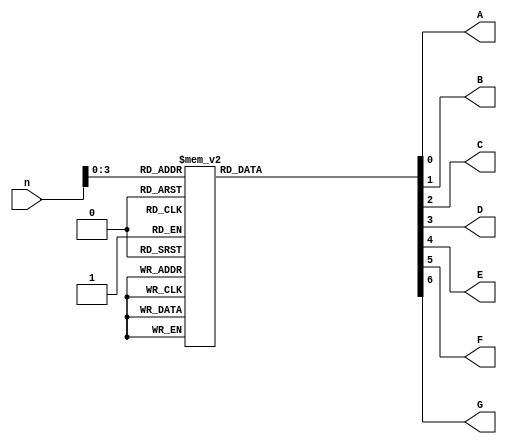
module displaydecoder(
input [7:0]n,
output reg A,
output reg B,
output reg C,
output reg D,
output reg E,
output reg F,
output reg G
);

wire [3:0] nt;

assign nt=n[3:0];
always@(nt) begin


	case (nt) 
		
		0:begin 
			A<=0;
			B<=0;
			C<=0;
			D<=0;
			E<=0;
			F<=0;
			G<=1;
		end
		1: begin 
			A<=1;
			B<=0;
			C<=0;
			D<=1;
			E<=1;
			F<=1;
			G<=1;
		end
		2:begin 
			A<=0;
			B<=0;
			C<=1;
			D<=0;
			E<=0;
			F<=1;
			G<=0;
		end
		3:begin 
			A<=0;
			B<=0;
			C<=0;
			D<=0;
			E<=1;
			F<=1;
			G<=0;
		end
		4:begin 
			A<=1;
			B<=0;
			C<=0;
			D<=1;
			E<=1;
			F<=0;
			G<=0;
		end
		5:begin 
			A<=0;
			B<=1;
			C<=0;
			D<=0;
			E<=1;
			F<=0;
			G<=0;
		end
		6:begin 
			A<=0;
			B<=1;
			C<=0;
			D<=0;
			E<=0;
			F<=0;
			G<=0;
		end
		7:begin 
			A<=0;
			B<=0;
			C<=0;
			D<=1;
			E<=1;
			F<=1;
			G<=1;
		end
		8:begin 
			A<=0;
			B<=0;
			C<=0;
			D<=0;
			E<=0;
			F<=0;
			G<=0;
		end
		9:begin 
			A<=0;
			B<=0;
			C<=0;
			D<=1;
			E<=1;
			F<=0;
			G<=0;
		end
		10:begin 
			A<=0;
			B<=0;
			C<=0;
			D<=1;
			E<=0;
			F<=0;
			G<=0;
		end
		11:begin 
			A<=1;
			B<=1;
			C<=0;
			D<=0;
			E<=0;
			F<=0;
			G<=0;
		end
		12:begin 
			A<=0;
			B<=1;
			C<=1;
			D<=0;
			E<=0;
			F<=0;
			G<=1;
		end
		13:begin 
			A<=1;
			B<=0;
			C<=0;
			D<=0;
			E<=0;
			F<=1;
			G<=0;
		end
		14:begin 
			A<=0;
			B<=1;
			C<=1;
			D<=0;
			E<=0;
			F<=0;
			G<=0;
		end
		15:begin 
			A<=0;
			B<=1;
			C<=1;
			D<=1;
			E<=0;
			F<=0;
			G<=0;
		end

		default: begin
		 
			A<=1;
			B<=1;
			C<=1;
			D<=1;
			E<=1;
			F<=1;
			G<=1;
		
		
		end




	endcase
end


endmodule